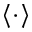
\left< \cdot \right>